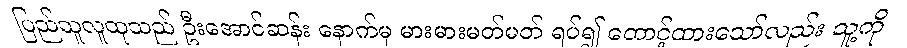
ပြည်သူလူထုသည် ဦးအောင်ဆန်း နောက်မှ မားမားမတ်မတ် ရပ်၍ တောင့်ထားသော်လည်း သူ့ကို